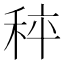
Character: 𥞯